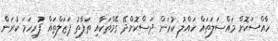
ހާއްސަކޮށް މައްސަލަތައް ހައްލު ކުރަން ދަސްކޮށްދޭ ގޭމްތަކާއި ތަފާތު ޕަޒަލްތައް ފުރިހަމަ ކުރަން